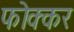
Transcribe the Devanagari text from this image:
फोक्‍कर